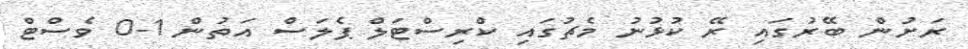
ރަށުން ބޭރުގައި ރޭ ކުޅުނު މެޗުގައި ކްރިސްޓަލް ޕެލަސް އަތުން 1-0 ވެސްޓް